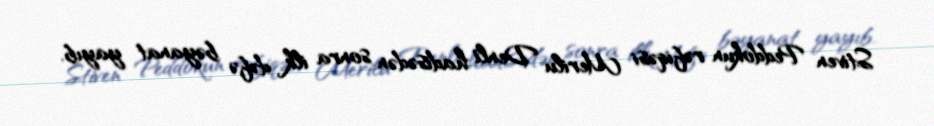
Stiven Peddokun rəfiqəsi Merilu Denli hadisədən sonra ilk dəfə bəyanat yayıb.